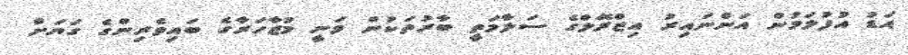
އަޑު އުފުލަމުން އަންނައިރު އިޒްރޭލްގެ ސަލާމަތީ ބާރުތަކުން ވަނީ މުޒާހަރާގެ ބައިވެރިންގެ ގަޔަށް